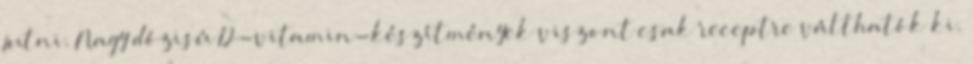
jutni. Nagy dózisú D-vitamin-készítmények viszont csak receptre válthatók ki.